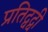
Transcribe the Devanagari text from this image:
प्रतिद्वद्वी